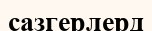
сазгерлерд